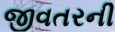
જીવતરની